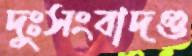
দুঃসংবাদগু